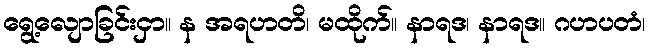
ရွေ့လျောခြင်းငှာ။ န အရဟတိ၊ မထိုက်။ နာရဒ၊ နာရဒ။ ဂဟပတံ၊